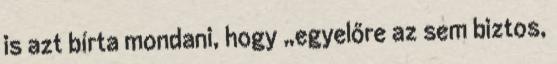
is azt bírta mondani, hogy „egyelőre az sem biztos,